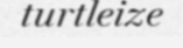
turtleize